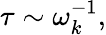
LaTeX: \tau\sim\omega_{k}^{-1},